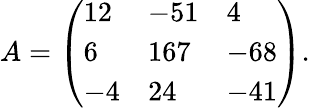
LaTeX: A={\left(\begin{array}{lll}{12}&{-51}&{4}\\ {6}&{167}&{-68}\\ {-4}&{24}&{-41}\end{array}\right)}.